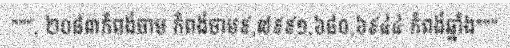
""", ២០៨៣កំពង់ចាម កំពង់ចាម៩,៧៩៩១,៦៨០,៦៩៤៤ កំពង់ឆ្នាំង"""